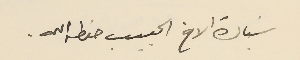
سَيادة الاخ الحبيب حفظه الله.